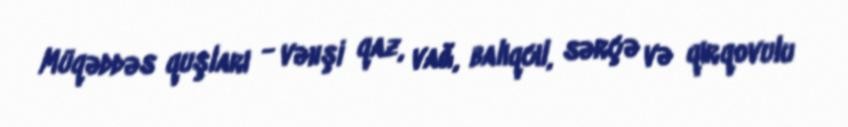
Müqəddəs quşları - vəhşi qaz, vağ, balıqcıl, sərçə və qırqovulu